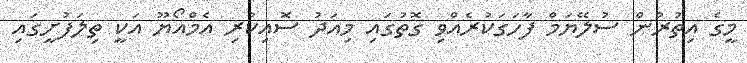
މީގެ އިތުރުން ސުލޭޔަމް ފާހަގަކުރެއްވި ގޮތުގައި މިއަދު ސޮއިކުރި އެމްއޯޔޫ އަކީ ތިލަފުށީގައި